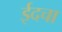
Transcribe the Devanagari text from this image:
ईदचा